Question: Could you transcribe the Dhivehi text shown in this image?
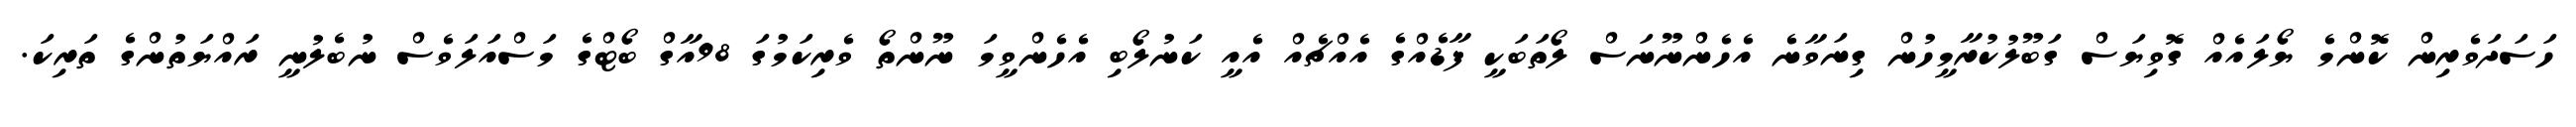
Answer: ހަސަދަވެރިން ކޮންމެ ޔޯލައެއް ގޮވިޔަސް ގަބޫލުކުރާމީހުން ގިނަވާނެ އެހެންނޫނަސް ލޯތަބަކީ ފާޑެއްގެ އެއްޗެއް އެއީ ކަނުލޯބި އެހެންވީމަ ނޫންތޯ ވެރިކަމުގަ 98އާގް ބޯޓްގެ މަސްއަލަވެސް ނުބެލުނީ ރައްޔަތުންގެ ތަރިކަ.